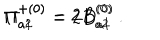
{ \Pi } _ { a 1 } ^ { + ( 0 ) } = 2 D _ { a 1 } ^ { ( 0 ) } \hspace { 1 c m } { \Pi } _ { a 2 } ^ { + ( 0 ) } = 2 B _ { a 2 } ^ { ( 0 ) } \ .